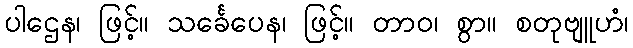
ပါဌေန၊ ဖြင့်။ သင်္ခေပေန၊ ဖြင့်။ တာဝ၊ စွာ။ စတုဗျူဟံ၊